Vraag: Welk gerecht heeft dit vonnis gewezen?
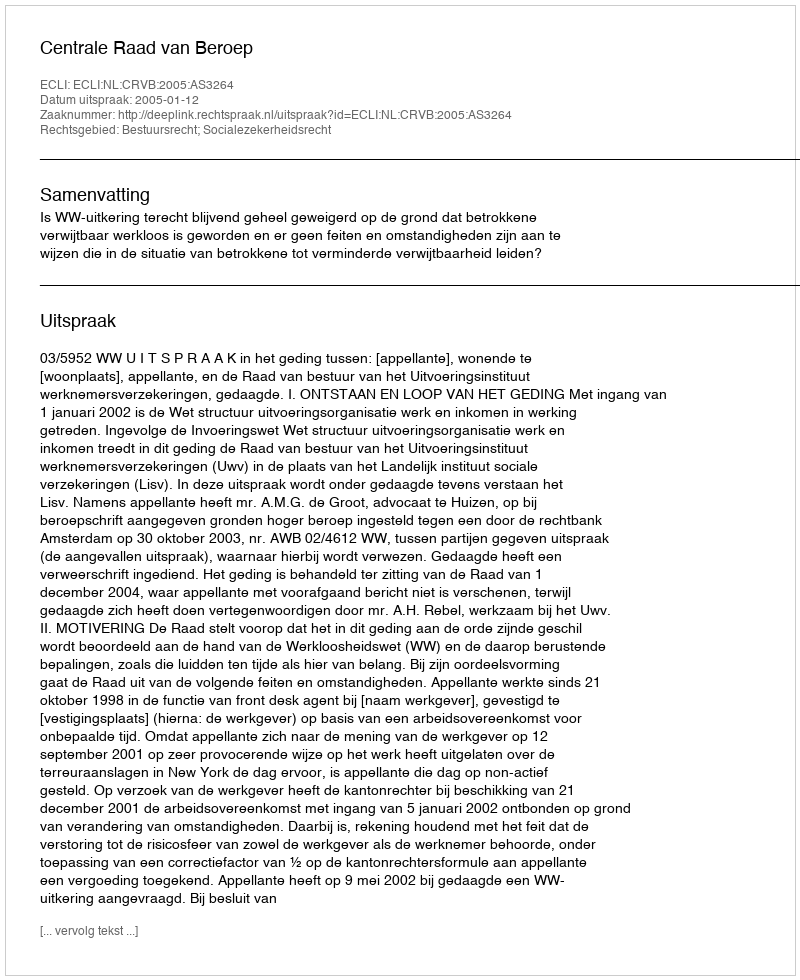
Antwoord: Centrale Raad van Beroep